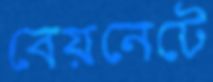
বেয়নেটে